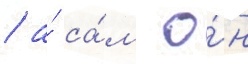
/ а́ са́м о́н